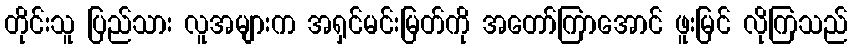
တိုင်းသူ ပြည်သား လူအများက အရှင်မင်းမြတ်ကို အတော်ကြာအောင် ဖူးမြင် လိုကြသည်